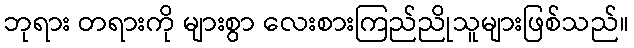
ဘုရား တရားကို များစွာ လေးစားကြည်ညိုသူများဖြစ်သည်။